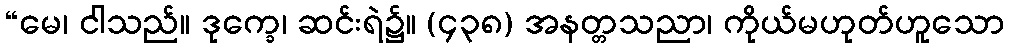
“မေ၊ ငါသည်။ ဒုက္ခေ၊ ဆင်းရဲ၌။ (၄၃၈) အနတ္တသညာ၊ ကိုယ်မဟုတ်ဟူသော